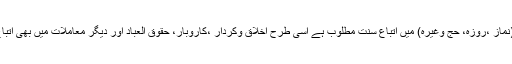
جس طر ح عبادات(نماز ،روزہ، حج وغیرہ) میں اتباع سنت مطلوب ہے اسی طرح اخلاق وکردار ،کاروبار، حقوق العباد اور دیگر معاملات میں بھی اتباع سنت مطلوب ہے۔